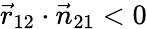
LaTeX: \vec{r}_{12}\cdot\vec{n}_{21}<0